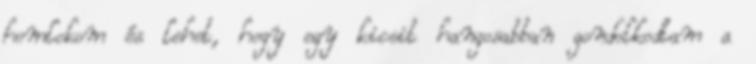
homlokom és lehet, hogy egy kicsit hangosabban gondolkodtam a